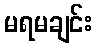
မရမချင်း